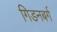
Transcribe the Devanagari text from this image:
गिडनबर्ग